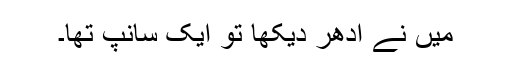
میں نے ادھر دیکھا تو ایک سانپ تھا۔